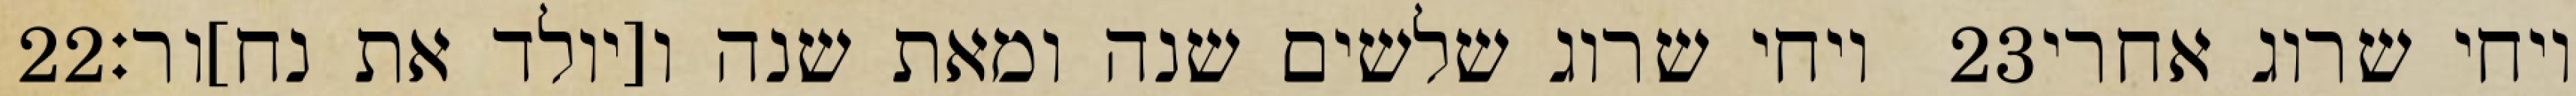
‎22‏ ויחי שרוג שלשים שנה ומאת שנה ו[יולד את נח]ור׃ ‎23‏ ויחי שרוג אחרי